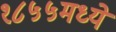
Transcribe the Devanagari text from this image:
१८५५मध्ये